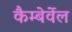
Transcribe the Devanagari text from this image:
कैम्बेर्वेल